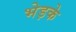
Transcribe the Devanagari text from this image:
भेड़के